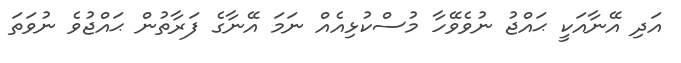
އަދި އޭނާއަކީ ޙައްޖު ނުވެވޭހާ މުސްކުޅިއެއް ނަމަ އޭނާގެ ފަރާތުން ޙައްޖުވެ ނުވަތަ